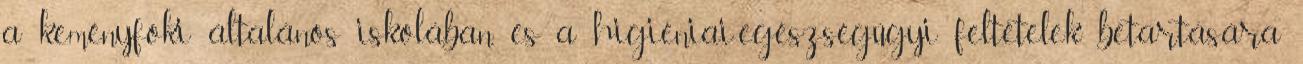
a keményfoki általános iskolában, és a higiéniai-egészségügyi feltételek betartására